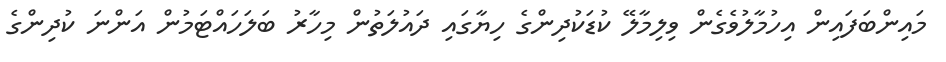
މައިންބަފައިން އިހުމާލުވެގެން ވިލިމާލޭ ކުޑަކުދިންގެ ހިޔާގައި ދައުލަތުން މިހާރު ބަލަހައްޓަމުން އަންނަ ކުދިންގެ